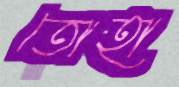
তোহা